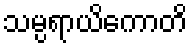
သမ္ပရာယိကောတိ